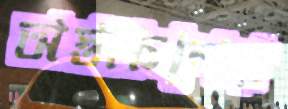
অস্তাচলের